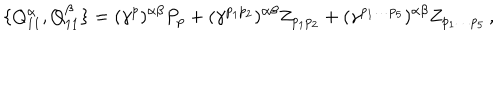
LaTeX: \{ { Q _ { 1 1 } ^ { \alpha } } , { Q _ { 1 1 } ^ { \beta } } \} = ( { \gamma } ^ { p } ) ^ { \alpha \beta } P _ { p } + ( { \gamma } ^ { p _ { 1 } p _ { 2 } } ) ^ { \alpha \beta } Z _ { p _ { 1 } p _ { 2 } } + ( { \gamma } ^ { p _ { 1 } \dots p _ { 5 } } ) ^ { \alpha \beta } Z _ { p _ { 1 } \dots p _ { 5 } } \, ,